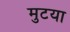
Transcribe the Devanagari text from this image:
मुटया